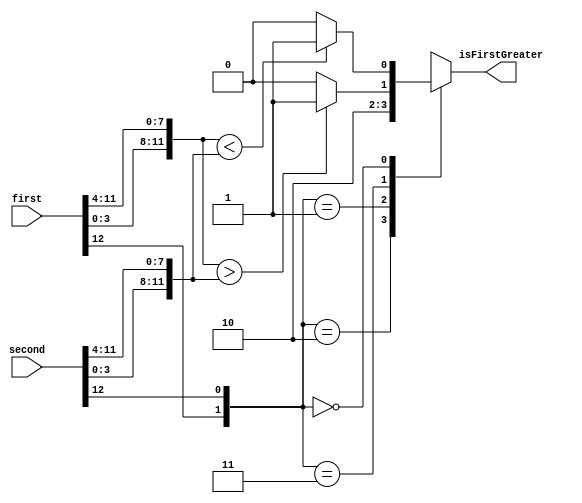
`timescale 1ns / 1ps
//////////////////////////////////////////////////////////////////////////////////
// Company: 
// Engineer: 
// 
// Design Name: 
// Module Name:    flop_greaterthan 
// Project Name: 
// Target Devices: 
// Tool versions: 
// Description: 
//
// Dependencies: 
//
// Revision: 
// Revision 0.01 - File Created
// Additional Comments: 
//
//////////////////////////////////////////////////////////////////////////////////
module flop_greaterthan
(
	input wire [12:0] first,
	input wire [12:0] second,
	output reg isFirstGreater
);

reg isFirstGreater_abs;

always @*
begin
	case ({first[12], second[12]})
	'b10 : isFirstGreater = 1;
	'b01 : isFirstGreater = 0;
	'b11 : begin
		if({first[3:0],first[11:4]} > {second[3:0],second[11:4]})
			isFirstGreater = 1;
		else
			isFirstGreater = 0;
	end
	'b00 : begin
		if({first[3:0],first[11:4]} < {second[3:0],second[11:4]})
			isFirstGreater = 1;
		else
			isFirstGreater = 0;
	end
	endcase
end

endmodule